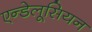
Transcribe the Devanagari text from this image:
एन्डेलूसियन